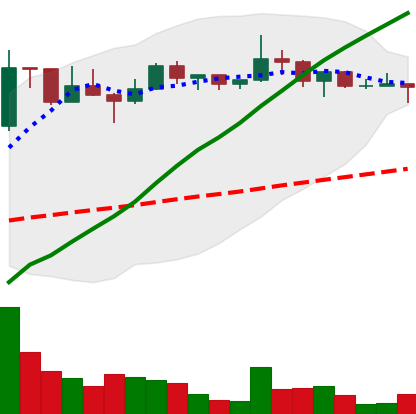
Ticker: LTC-USD
Chart end date: 2022-12-12
Forward return: -14.778%
Label: down_7plus